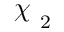
\raisebox { \depth } { \( \chi \) } _ { 2 }